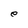
Character: e